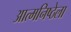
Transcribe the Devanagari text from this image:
आत्मनिष्ठेला